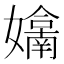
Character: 𭒬